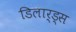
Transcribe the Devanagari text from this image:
डिलार्ड्स